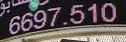
6697.510